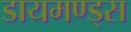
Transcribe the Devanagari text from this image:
डायमण्ड्स